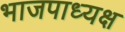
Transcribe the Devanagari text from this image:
भाजपाध्यक्ष